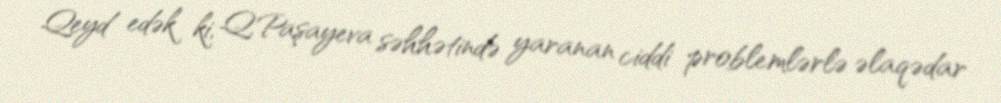
Qeyd edək ki, Q.Paşayeva səhhətində yaranan ciddi problemlərlə əlaqədar